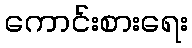
ကောင်းစားရေး